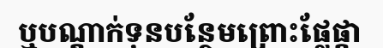
ឬបណ្តាក់ទុនបន្ថែមព្រោះផ្លែផ្កា